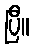
ပြီ။